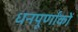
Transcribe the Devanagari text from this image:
धनपूर्णांकों